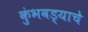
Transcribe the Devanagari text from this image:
कुंभवड्याचे